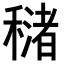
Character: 𥢳